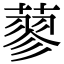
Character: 蓼